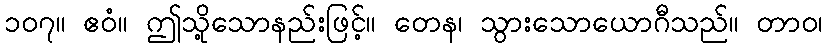
၁၀၇။ ဧဝံ။ ဤသို့သောနည်းဖြင့်။ တေန၊ သွားသောယောဂီသည်။ တာဝ၊